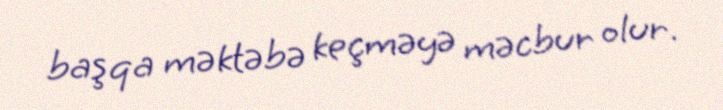
başqa məktəbə keçməyə məcbur olur.